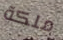
ملكة